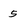
Character: 5